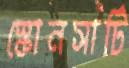
স্কোনসার্টি